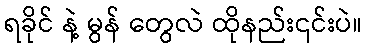
ရခိုင် နဲ့ မွန် တွေလဲ ထိုနည်း၎င်းပဲ။